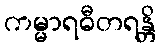
ကမ္မာရဓီတရန္တိ